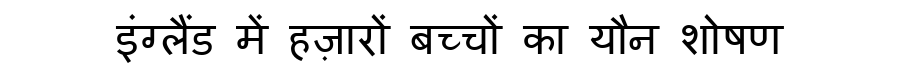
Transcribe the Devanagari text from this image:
इंग्लैंड में हज़ारों बच्चों का यौन शोषण